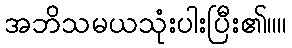
အဘိသမယသုံးပါးပြီး၏။။